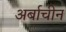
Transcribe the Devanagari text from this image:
अर्बाचीन